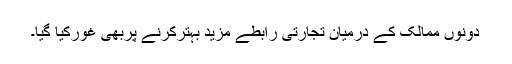
دونوں ممالک کے درمیان تجارتی رابطے مزید بہترکرنے پربھی غورکیا گیا۔